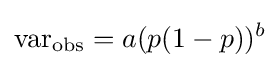
\operatorname {var} _{\text{obs}}=a(p(1-p))^{b}